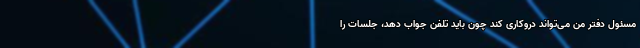
مسئول دفتر من می‌تواند دروکاری کند چون باید تلفن جواب دهد، جلسات را